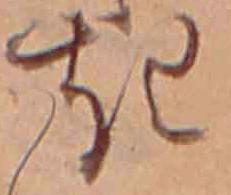
き